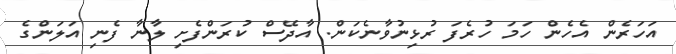
އަހަރެން އެހެން ހަމަ ހުރެފަ ރުޅިނުވާނެކަން. އާދޭސް ކުރަންފެށި ލާނާ ފެނި އަލަންގެ